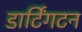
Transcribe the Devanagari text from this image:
डार्टिंगटन